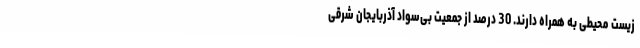
زیست محیطی به همراه دارند. 30 درصد از جمعیت بی‌سواد آذربایجان شرقی